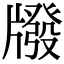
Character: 𤗳